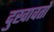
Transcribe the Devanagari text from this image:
दुखावतो